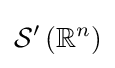
{\mathcal {S}}^{\prime }\left(\mathbb {R} ^{n}\right)